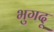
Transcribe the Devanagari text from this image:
भुगदू